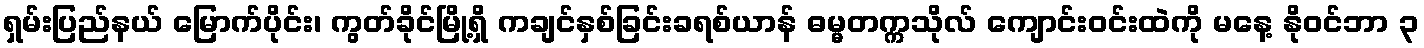
ရှမ်းပြည်နယ် မြောက်ပိုင်း၊ ကွတ်ခိုင်မြို့ရှိ ကချင်နှစ်ခြင်းခရစ်ယာန် ဓမ္မတက္ကသိုလ် ကျောင်းဝင်းထဲကို မနေ့ နိုဝင်ဘာ ၃